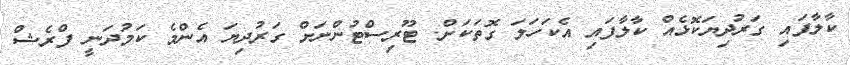
ކާލާފައި ގަރުދިޔަކޮޅެއް ކާލާފައި އެކަހަލަ ގޮތަކަށް. ޓޫރިސްޓުންނަށް ގަރުދިޔަ އެންމެ ކަމުދަނީ ފްރެޝް